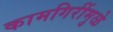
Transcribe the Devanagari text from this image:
कामगिरींमुळे